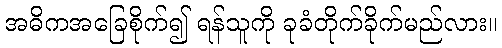
အဓိကအခြေစိုက်၍ ရန်သူကို ခုခံတိုက်ခိုက်မည်လား။